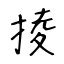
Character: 掕